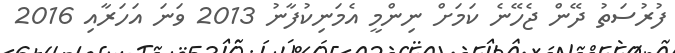
ފުރުސަތު ދޭން ޖެހޭނެ ކަަމަށް ނިންމީ އެމަނިކުފާނު 2013 ވަނަ އަހަރާއި 2016